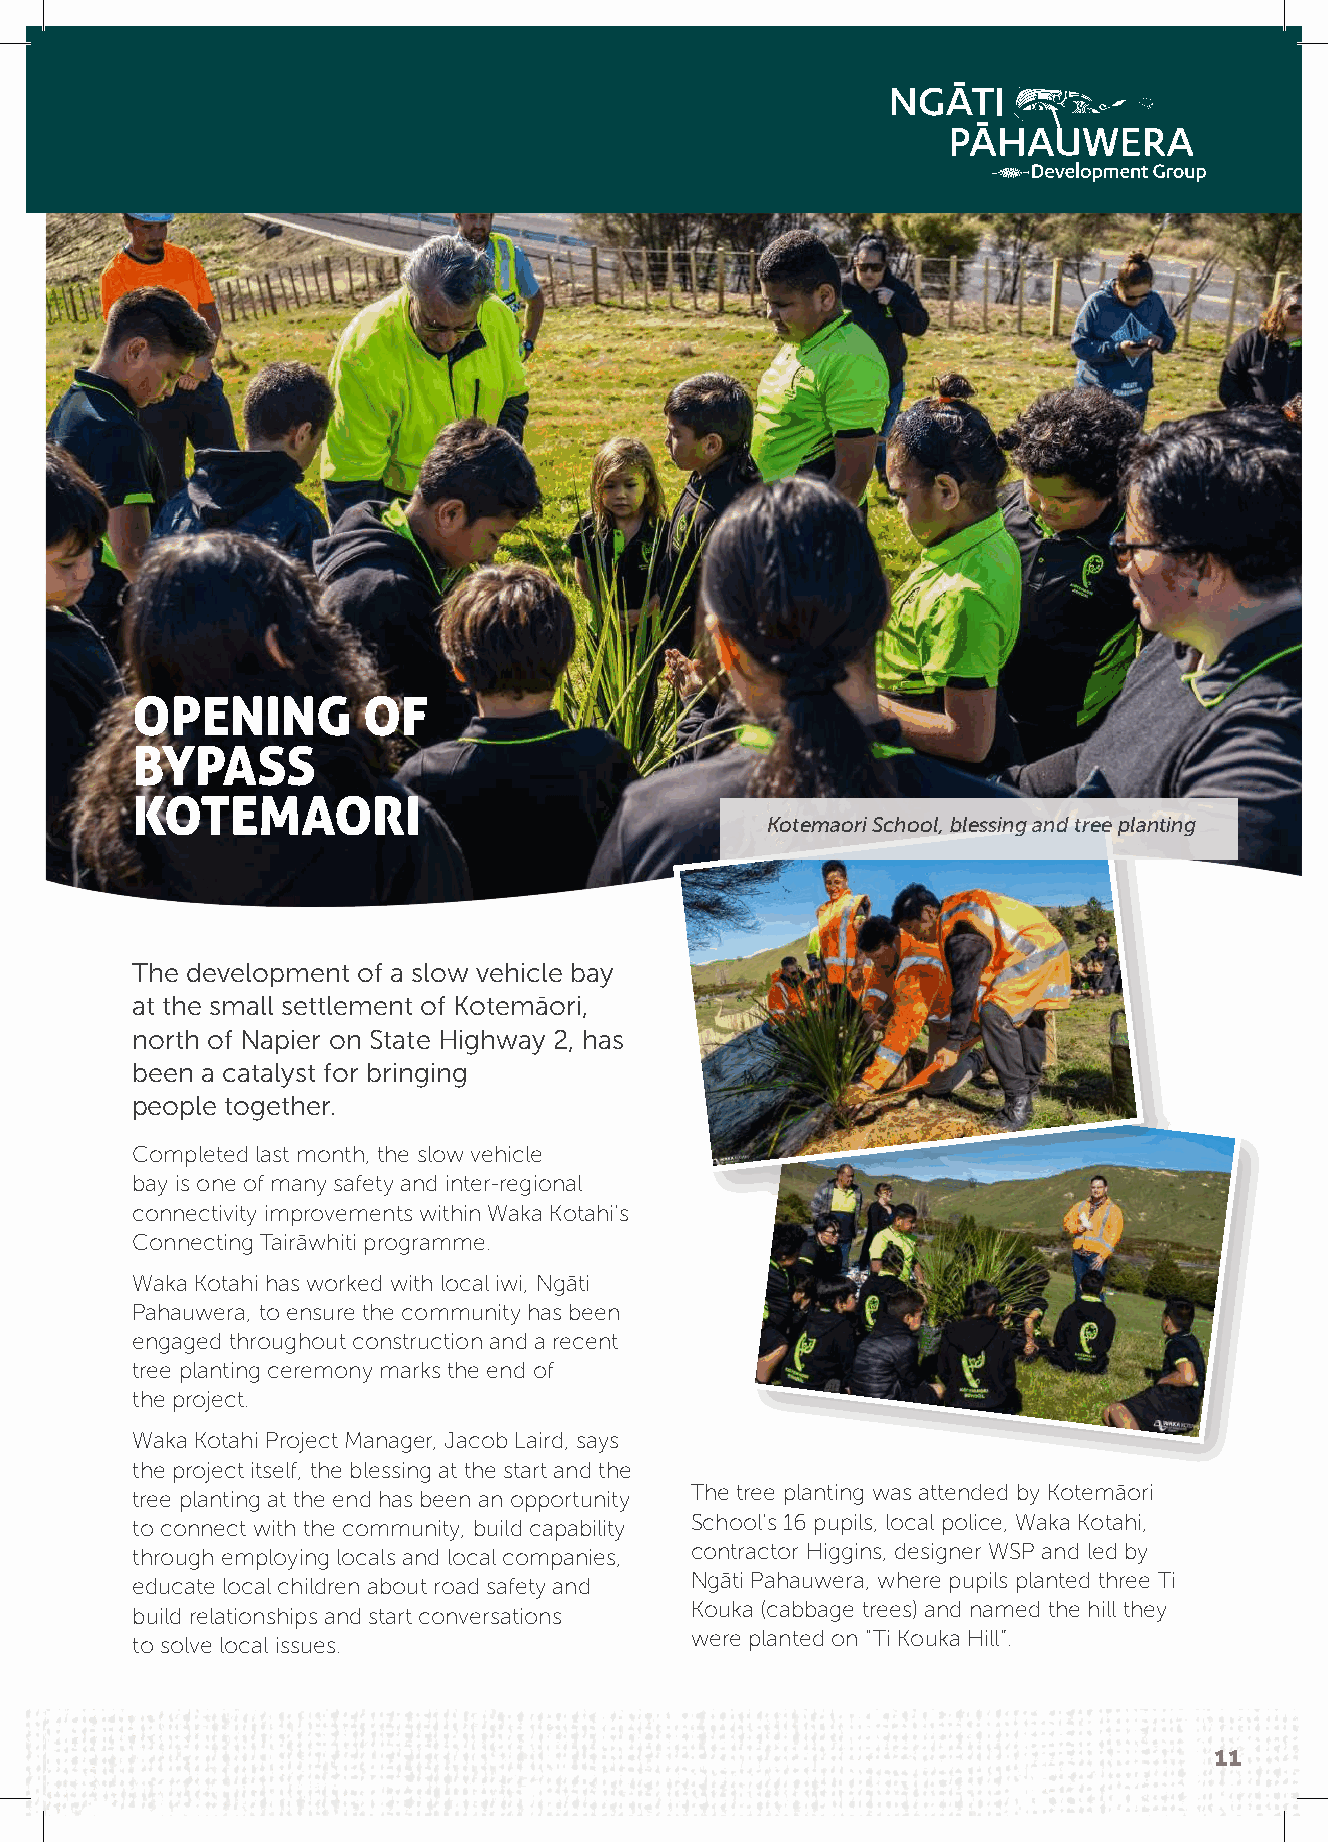
OPENING        OF
 BYPASS
 KOTEMAORI
 Kotemaori School, blessing and tree planting
 The development of a slow vehicle bay
 at the small settlement of Kotemāori,
 north of Napier on State Highway 2, has
 been a catalyst for bringing
 people together.
 Completed last month, the slow vehicle
 bay is one of many safety and inter-regional
 connectivity improvements within Waka Kotahi’s
 Connecting Tairāwhiti programme.
 Waka Kotahi has worked with local iwi, Ngāti
 Pahauwera, to ensure the community has been
 engaged throughout construction and a recent
 tree planting ceremony marks the end of
 the project.
 Waka Kotahi Project Manager, Jacob Laird, says
 the project itself, the blessing at the start and the
 The tree planting was attended by Kotemāori
 tree planting at the end has been an opportunity
 School’s 16 pupils, local police, Waka Kotahi,
 to connect with the community, build capability
 contractor Higgins, designer WSP and led by
 through employing locals and local companies,
 Ngāti Pahauwera, where pupils planted three Ti
 educate local children about road safety and
 Kouka (cabbage trees) and named the hill they
 build relationships and start conversations
 were planted on “Ti Kouka Hill”.
 to solve local issues.
 11